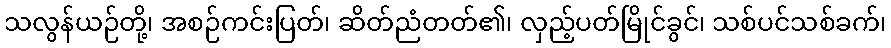
သလွန်ယဉ်တို့၊ အစဉ်ကင်းပြတ်၊ ဆိတ်ညံတတ်၏၊ လှည့်ပတ်မြိုင်ခွင်၊ သစ်ပင်သစ်ခက်၊